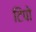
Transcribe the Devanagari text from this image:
टिपो